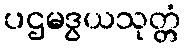
ပဌမဒွယသုတ္တံ